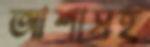
আশাসহ